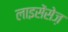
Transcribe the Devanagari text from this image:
लाइसेंसेज़